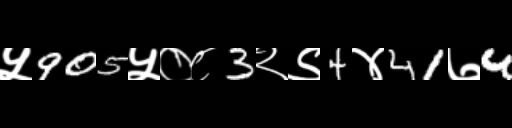
Text: ५905५०८3२९4४41७4